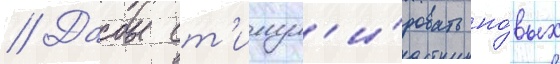
// Дабы ст'имул'и́ровать но́вых